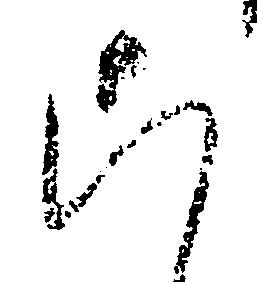
こ